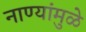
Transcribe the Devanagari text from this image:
नाण्यांमुळे